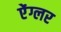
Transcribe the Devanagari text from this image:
ऐंग्लर